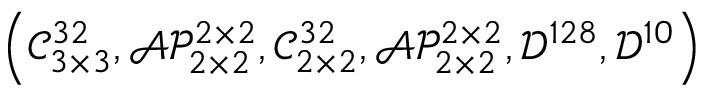
\left( \mathcal { C } _ { 3 \times 3 } ^ { 3 2 } , \mathcal { A P } _ { 2 \times 2 } ^ { 2 \times 2 } , \mathcal { C } _ { 2 \times 2 } ^ { 3 2 } , \mathcal { A P } _ { 2 \times 2 } ^ { 2 \times 2 } , \mathcal { D } ^ { 1 2 8 } , \mathcal { D } ^ { 1 0 } \right)